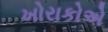
ખોરાકોએ